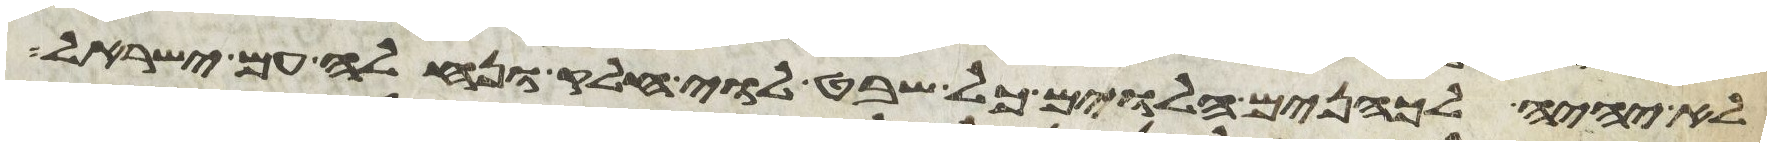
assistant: לא יהיה לכהנים הלוים כל שבט לוי חלק ונחלה עם ישראל